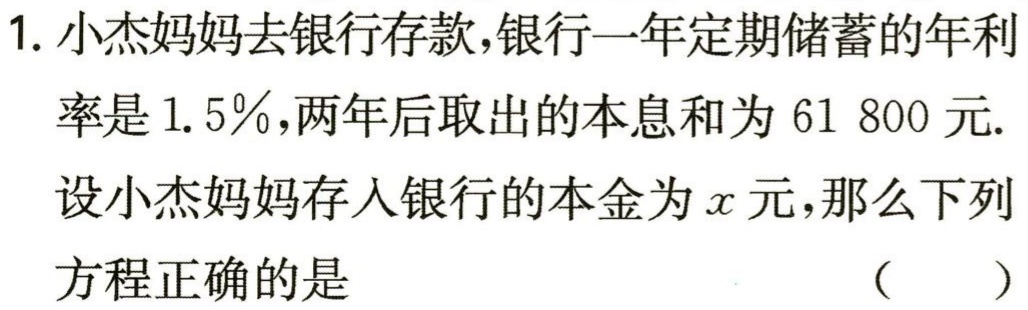
1. 小杰妈妈去银行存款，银行一年定期储蓄的年利率是$1.5\%$，两年后取出的本息和为$61\ 800$元.
设小杰妈妈存入银行的本金为$x$元，那么下列方程正确的是 （  ）